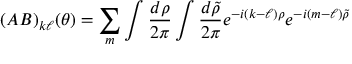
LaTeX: ( A B ) _ { k \ell } ( \theta ) = \sum _ { m } \int { \frac { d \rho } { 2 \pi } } \int { \frac { d \tilde { \rho } } { 2 \pi } } e ^ { - i ( k - \ell ) \rho } e ^ { - i ( m - \ell ) \tilde { \rho } }